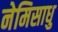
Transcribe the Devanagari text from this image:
नेमिसाधु